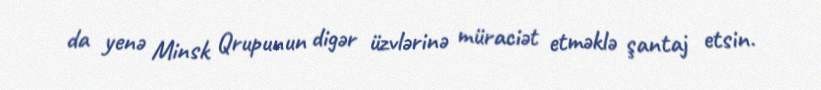
da yenə Minsk Qrupunun digər üzvlərinə müraciət etməklə şantaj etsin.